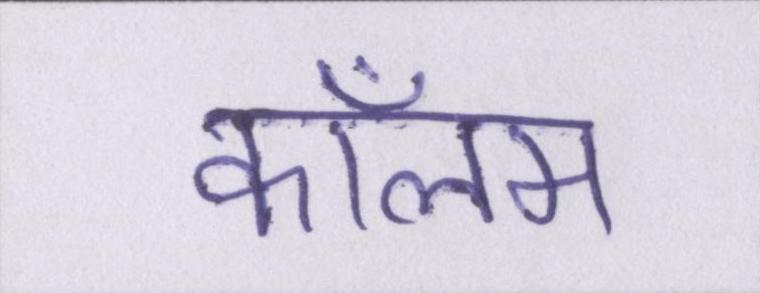
कॉलम